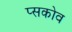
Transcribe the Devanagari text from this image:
प्सकोव